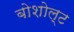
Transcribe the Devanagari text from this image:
बोशोल्ट